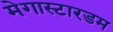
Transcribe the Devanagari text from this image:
मेगास्टारडम